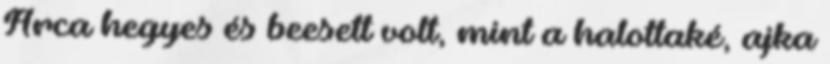
Arca hegyes és beesett volt, mint a halottaké, ajka